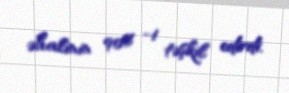
əhalinin 90% -i təşkil edirdi.